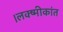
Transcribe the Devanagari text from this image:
।लक्ष्मीकांत